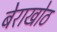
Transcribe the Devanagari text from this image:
बेराखोठ